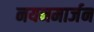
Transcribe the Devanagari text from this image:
नयनमार्जन